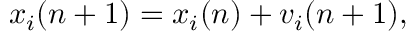
x _ { i } ( n + 1 ) = x _ { i } ( n ) + v _ { i } ( n + 1 ) ,